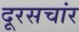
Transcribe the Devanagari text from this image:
दूरसचांर